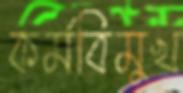
কর্মবিমুখ